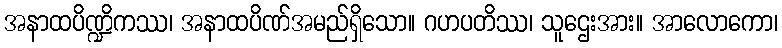
အနာထပိဏ္ဍိကဿ၊ အနာထပိဏ်အမည်ရှိသော။ ဂဟပတိဿ၊ သူဌေးအား။ အာလောကော၊